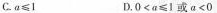
C. $$a ≤ 1$$ D. $$0 < a ≤ 1 或 a < 0$$